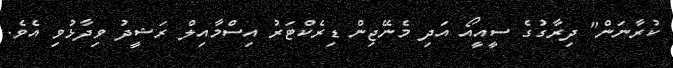
ކުރާނަން" ދިރާގުގެ ސީއީއޯ އަދި މެނޭޖިން ޑިރެކްޓަރު އިސްމާއިލް ރަޝީދު ވިދާޅުވި އެވެ.